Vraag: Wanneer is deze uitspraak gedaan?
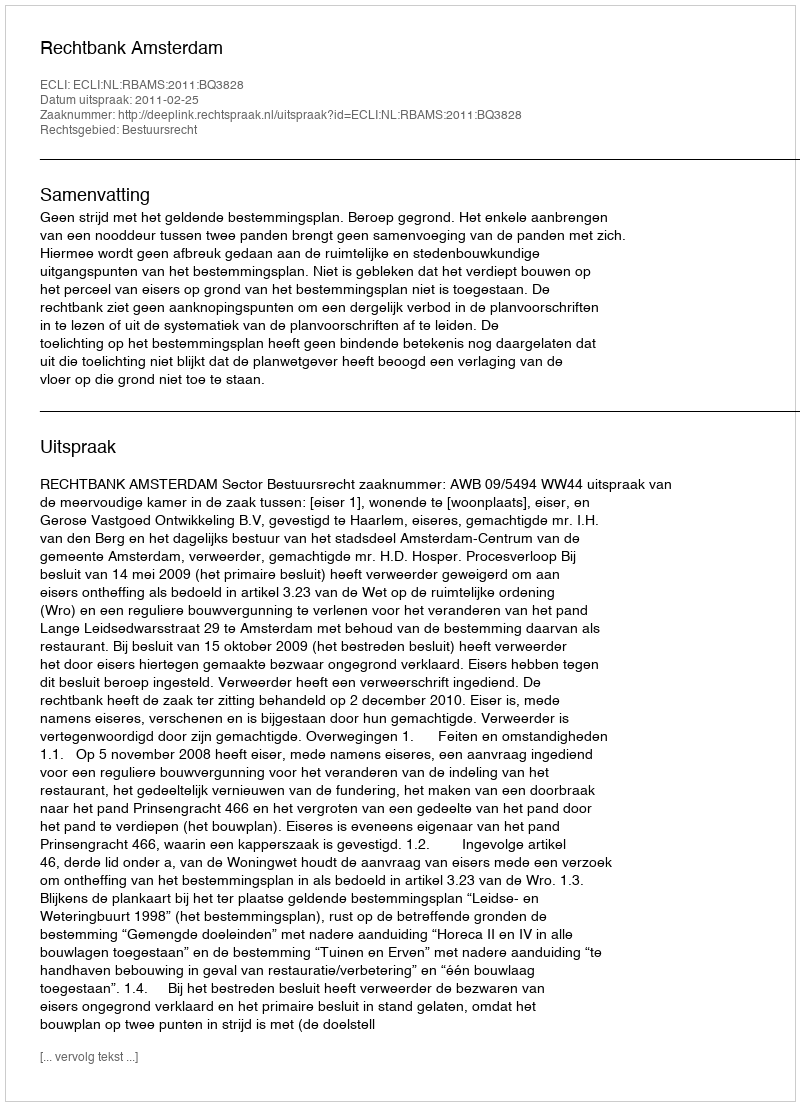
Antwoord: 2011-02-25